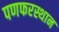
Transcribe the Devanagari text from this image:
पणफरस्थान